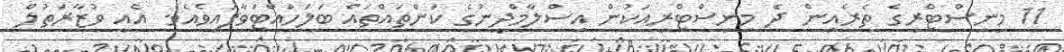
11 މިނިސްޓްރީގެ ތެރެއިން ދެ މިނިސްޓްރީއަކުން އިސްލާމްދީނުގެ ކަންތައްތައް ބަލަހައްޓަވާފައިވެއެވެ. އެއީ ވުޒާރަތުލް